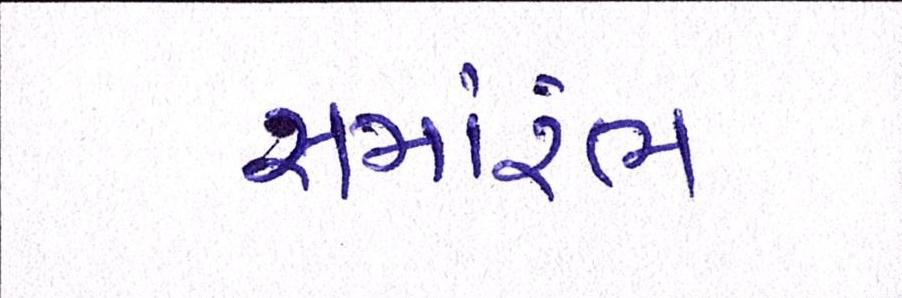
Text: સમાંરભ